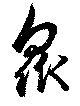
衆